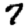
Digit: 7